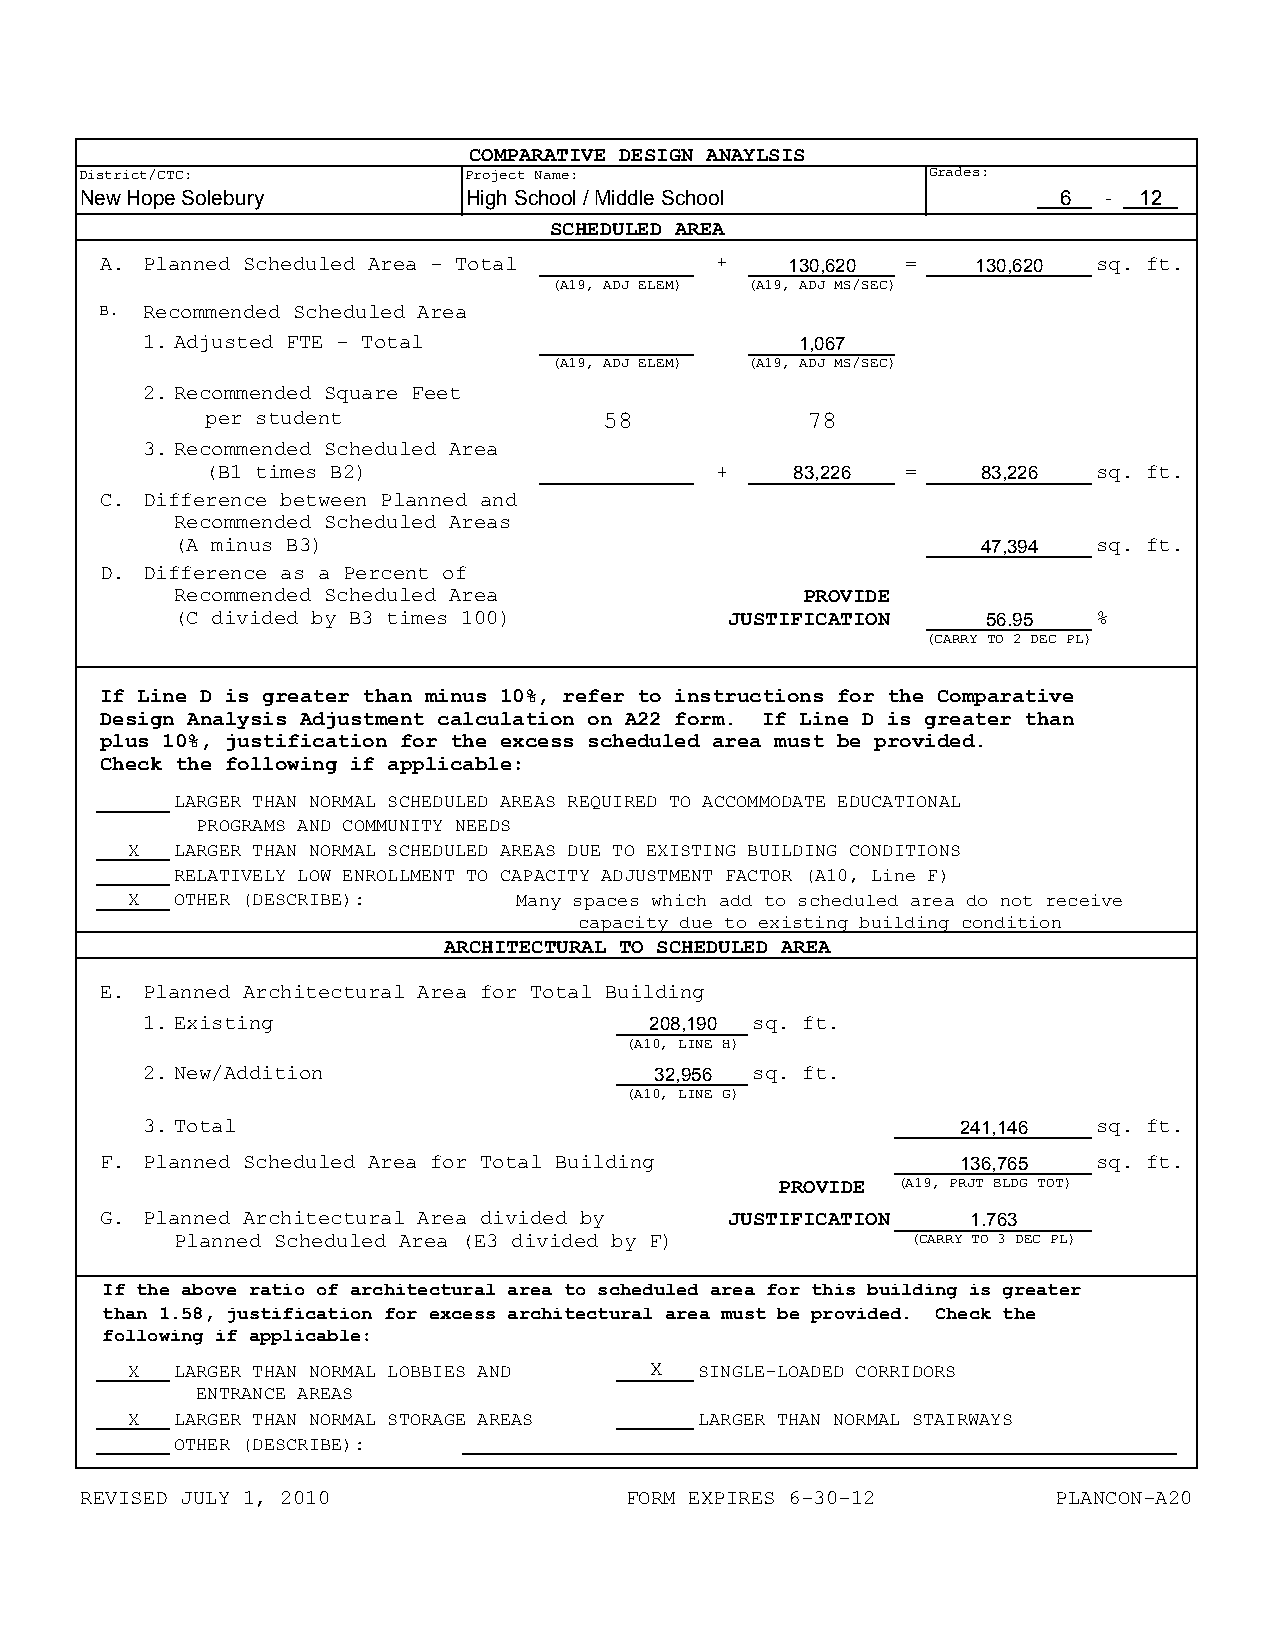
COMPARATIVE DESIGN ANAYLSIS
 District/CTC:             Project Name:                  Grades:
 New Hope Solebury         High School / Middle School            6  - 12
 SCHEDULED AREA
 A. Planned Scheduled Area - Total       +    130,620 =    130,620 sq. ft.
 (A19, ADJ ELEM) (A19, ADJ MS/SEC)
 B. Recommended Scheduled Area
 1. Adjusted FTE - Total                     1,067
 (A19, ADJ ELEM) (A19, ADJ MS/SEC)
 2. Recommended Square Feet
 per student               58           78
 3. Recommended Scheduled Area
 (B1 times B2)                    +     83,226 =    83,226  sq. ft.
 C. Difference between Planned and
 Recommended Scheduled Areas
 (A minus B3)                                         47,394  sq. ft.
 D. Difference as a Percent of
 Recommended Scheduled Area               PROVIDE
 (C divided by B3 times 100)         JUSTIFICATION    56.95   %
 (CARRY TO 2 DEC PL)
 If Line D is greater than minus 10%, refer to instructions for the Comparative
 Design Analysis Adjustment calculation on A22 form. If Line D is greater than
 plus 10%, justification for the excess scheduled area must be provided.
 Check the following if applicable:
 LARGER THAN NORMAL SCHEDULED AREAS REQUIRED TO ACCOMMODATE EDUCATIONAL
 PROGRAMS AND COMMUNITY NEEDS
 X   LARGER THAN NORMAL SCHEDULED AREAS DUE TO EXISTING BUILDING CONDITIONS
 RELATIVELY LOW ENROLLMENT TO CAPACITY ADJUSTMENT FACTOR (A10, Line F)
 X   OTHER (DESCRIBE):     Many spaces which add to scheduled area do not receive
 capacity due to existing building condition
 ARCHITECTURAL TO SCHEDULED AREA
 E. Planned Architectural Area for Total Building
 1. Existing                       208,190 sq. ft.
 (A10, LINE H)
 2. New/Addition                   32,956 sq. ft.
 (A10, LINE G)
 3. Total                                               241,146  sq. ft.
 F. Planned Scheduled Area for Total Building             136,765  sq. ft.
 PROVIDE (A19, PRJT BLDG TOT)
 G. Planned Architectural Area divided by JUSTIFICATION   1.763
 Planned Scheduled Area (E3 divided by F)        (CARRY TO 3 DEC PL)
 If the above ratio of architectural area to scheduled area for this building is greater
 than 1.58, justification for excess architectural area must be provided. Check the
 following if applicable:
 X   LARGER THAN NORMAL LOBBIES AND X  SINGLE-LOADED CORRIDORS
 ENTRANCE AREAS
 X   LARGER THAN NORMAL STORAGE AREAS  LARGER THAN NORMAL STAIRWAYS
 OTHER (DESCRIBE):
 REVISED JULY 1, 2010                FORM EXPIRES 6-30-12         PLANCON-A20